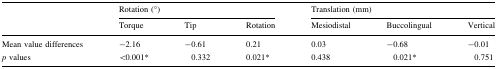
| <ROWSPAN=2>  | <COLSPAN=3> Rotation (°) | <COLSPAN=3> Translation (mm) |
 | Torque | Tip | Rotation | Mesiodistal | Buccolingual | Vertical |
 | --- | --- | --- | --- | --- | --- | --- |
 | Mean value differences | −2.16 | −0.61 | 0.21 | 0.03 | −0.68 | −0.01 |
 | p values | <0.001* | 0.332 | 0.021* | 0.438 | 0.021* | 0.751 |